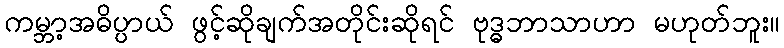
ကမ္ဘာ့အဓိပ္ပာယ် ဖွင့်ဆိုချက်အတိုင်းဆိုရင် ဗုဒ္ဓဘာသာဟာ မဟုတ်ဘူး။